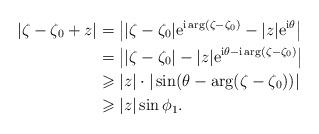
LaTeX: \begin{align*} |\zeta-\zeta_0+z| &= \big||\zeta-\zeta_0|\mathrm{e}^{\mathrm{i}\arg(\zeta-\zeta_0)} - |z|\mathrm{e}^{\mathrm{i}\theta}\big| \\ &= \big||\zeta-\zeta_0|- |z|\mathrm{e}^{ \mathrm{i}\theta- \mathrm{i}\arg(\zeta-\zeta_0)}\big| \\ &\geqslant |z|\cdot|\sin(\theta-\arg(\zeta-\zeta_0))| \\ &\geqslant |z|\sin\phi_1. \end{align*}